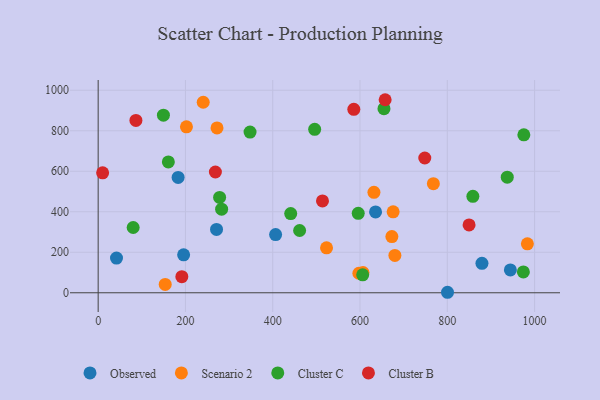
{"axis": {"x": "Price", "y": "Sales"}, "legend": ["Cluster B", "Cluster C", "Observed", "Scenario 2"], "data": [{"x": "271.2", "y": 312.6, "type": "Observed"}, {"x": "183.2", "y": 569.3, "type": "Observed"}, {"x": "944.5", "y": 113.0, "type": "Observed"}, {"x": "879.4", "y": 145.6, "type": "Observed"}, {"x": "406.6", "y": 287.6, "type": "Observed"}, {"x": "800.5", "y": 2.5, "type": "Observed"}, {"x": "635.6", "y": 399.3, "type": "Observed"}, {"x": "195.8", "y": 187.2, "type": "Observed"}, {"x": "42.0", "y": 171.4, "type": "Observed"}, {"x": "679.9", "y": 184.2, "type": "Scenario 2"}, {"x": "597.4", "y": 96.4, "type": "Scenario 2"}, {"x": "768.1", "y": 538.7, "type": "Scenario 2"}, {"x": "673.0", "y": 277.5, "type": "Scenario 2"}, {"x": "675.9", "y": 399.9, "type": "Scenario 2"}, {"x": "202.3", "y": 819.5, "type": "Scenario 2"}, {"x": "523.3", "y": 221.9, "type": "Scenario 2"}, {"x": "240.7", "y": 940.6, "type": "Scenario 2"}, {"x": "606.8", "y": 100.2, "type": "Scenario 2"}, {"x": "983.5", "y": 241.5, "type": "Scenario 2"}, {"x": "153.6", "y": 41.3, "type": "Scenario 2"}, {"x": "272.3", "y": 813.7, "type": "Scenario 2"}, {"x": "631.9", "y": 495.8, "type": "Scenario 2"}, {"x": "974.3", "y": 103.0, "type": "Cluster C"}, {"x": "606.1", "y": 88.7, "type": "Cluster C"}, {"x": "149.5", "y": 876.6, "type": "Cluster C"}, {"x": "441.2", "y": 391.0, "type": "Cluster C"}, {"x": "160.8", "y": 646.2, "type": "Cluster C"}, {"x": "975.4", "y": 780.0, "type": "Cluster C"}, {"x": "595.9", "y": 392.5, "type": "Cluster C"}, {"x": "461.6", "y": 307.5, "type": "Cluster C"}, {"x": "858.6", "y": 476.1, "type": "Cluster C"}, {"x": "937.4", "y": 570.6, "type": "Cluster C"}, {"x": "278.3", "y": 470.8, "type": "Cluster C"}, {"x": "80.2", "y": 322.3, "type": "Cluster C"}, {"x": "282.9", "y": 412.8, "type": "Cluster C"}, {"x": "654.9", "y": 908.8, "type": "Cluster C"}, {"x": "496.1", "y": 807.0, "type": "Cluster C"}, {"x": "348.0", "y": 793.4, "type": "Cluster C"}, {"x": "585.8", "y": 905.9, "type": "Cluster B"}, {"x": "748.4", "y": 665.3, "type": "Cluster B"}, {"x": "86.5", "y": 850.7, "type": "Cluster B"}, {"x": "191.7", "y": 79.3, "type": "Cluster B"}, {"x": "657.6", "y": 953.1, "type": "Cluster B"}, {"x": "514.0", "y": 453.3, "type": "Cluster B"}, {"x": "849.9", "y": 335.2, "type": "Cluster B"}, {"x": "10.2", "y": 592.1, "type": "Cluster B"}, {"x": "268.6", "y": 596.2, "type": "Cluster B"}]}